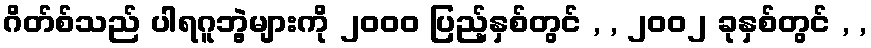
ဂိတ်စ်သည် ပါရဂူဘွဲ့များကို ၂၀၀၀ ပြည့်နှစ်တွင် , , ၂၀၀၂ ခုနှစ်တွင် , ,